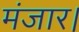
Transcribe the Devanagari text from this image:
मंजार।